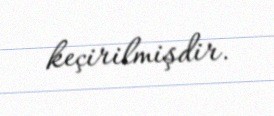
keçirilmişdir.